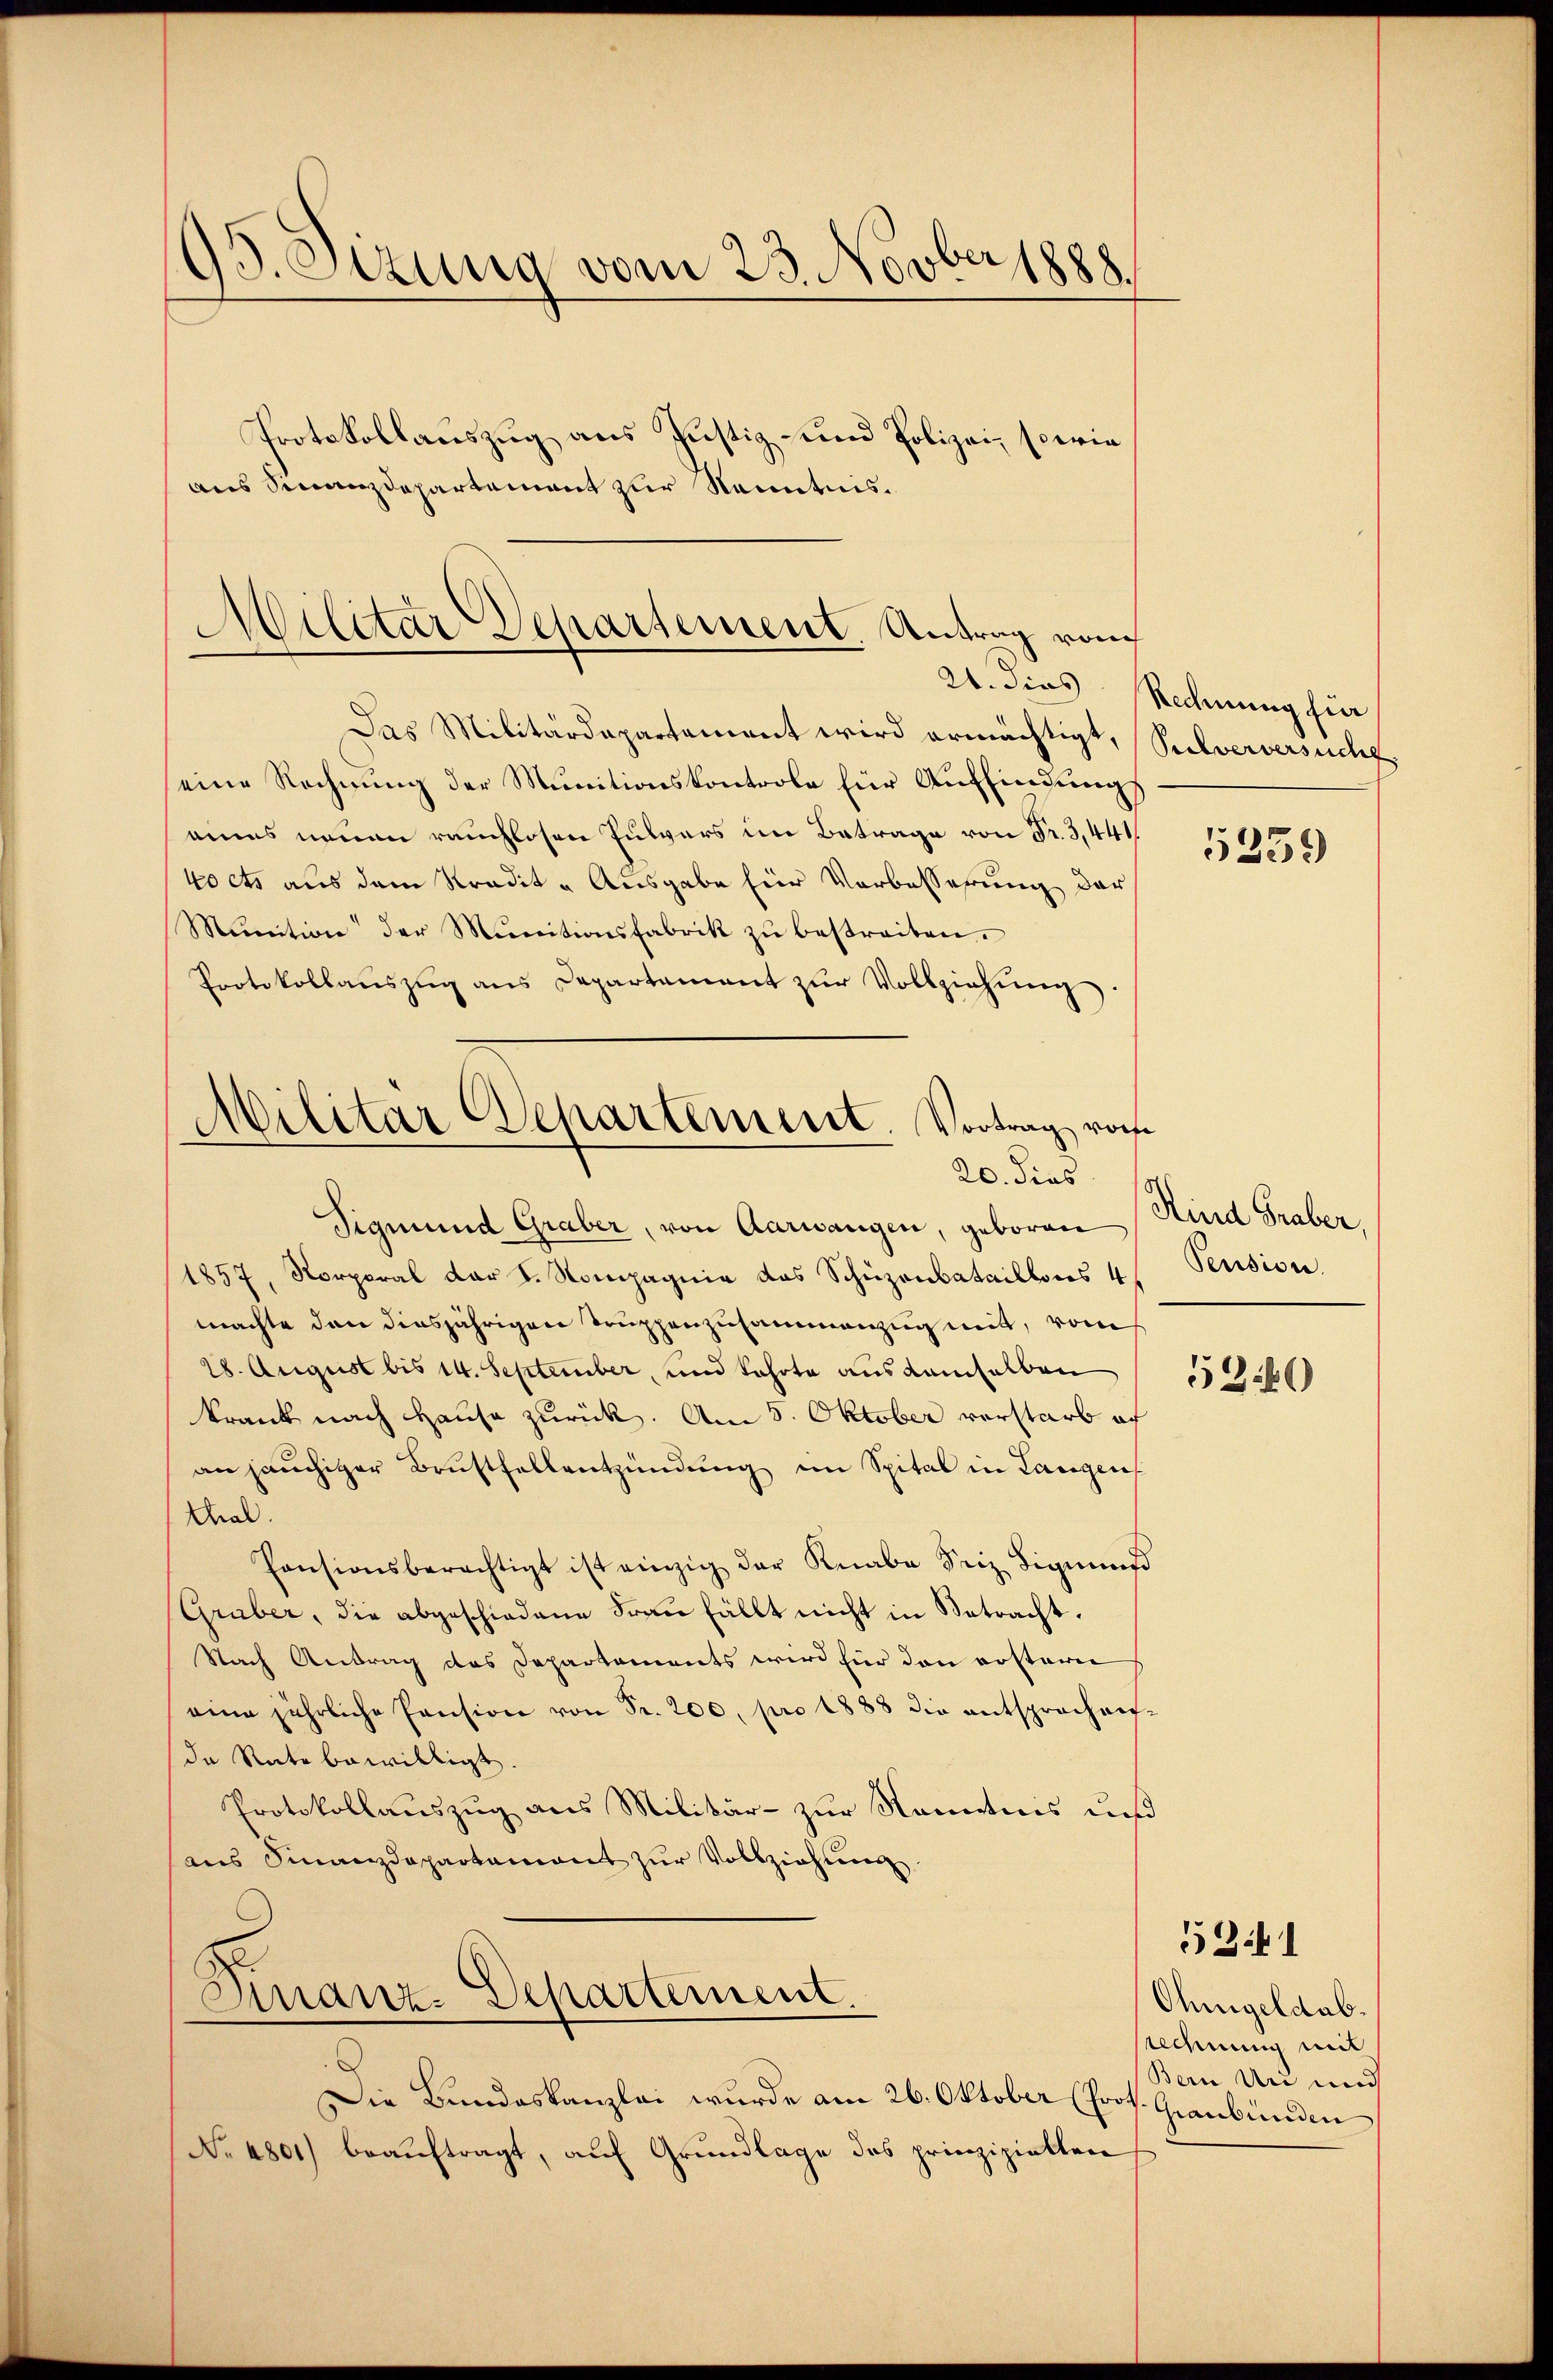
95. Sizung vom 23. Novber 1888.
Protokollauszug aus Justiz- und Polizei, sowie
aus Finanzdepartement zur Kenntnis¬

Militar Departement. Antrag von

Das Militärdepartement wird ermächtigt, Silverversuche
eine Rechnung der Munitionskontrole für Auffindungs
eines neuen rauchlosen Pulvers im Betrage von Fr. 3,441
40 cts aus dem Stradit - Ausgabe für Vorbesserung der
Mŭnition der Munitionsfabrik zŭ bestreiten.
Protokollaŭszŭg ans Departament zŭr Vollziehung.
Sigmund Graber, von Aarwangen, geboren
1857, Korporal dar d. Kompagnie das Schüzenbataillons 4
machte den diesjährigen Truppenzusammenzug mit, vom
28. August bis 14. September, und kehrte aus demselben
krank nach Hause zurück. Am 5. Oktober verstarb of
an jauchiger Brustfellentzündung im Spital in Langen
thal.
Pensionsberechtigt ist einzig der Knabe Seiz Sigmund
Gruber, die abgeschiedene Frau fällt nicht in Betracht.
Nach Antrag des Departements wird für den erstere
eine jährliche Pension von Pr. 200, pro 1888 die entsprechen-
de Rate bewilligt.
Protokollauszug aus Militär- zur Kenntnis und
aus Finanzdepartement zŭr Vollziehung
Finanz-Departement
Die Bundeskanzlei wurde am 26. Oktober (Prof. Graubünden
No. 4801) beaŭftragt, auf Grundlage des prinzipiellen

Militar Departement. Vortrag von
20. dies

21. dies Rechnung fuer

5259

Kind Graber
Pension.

5340

Ohmgeldab.
Rechnung mit
Bern Uri und

5341